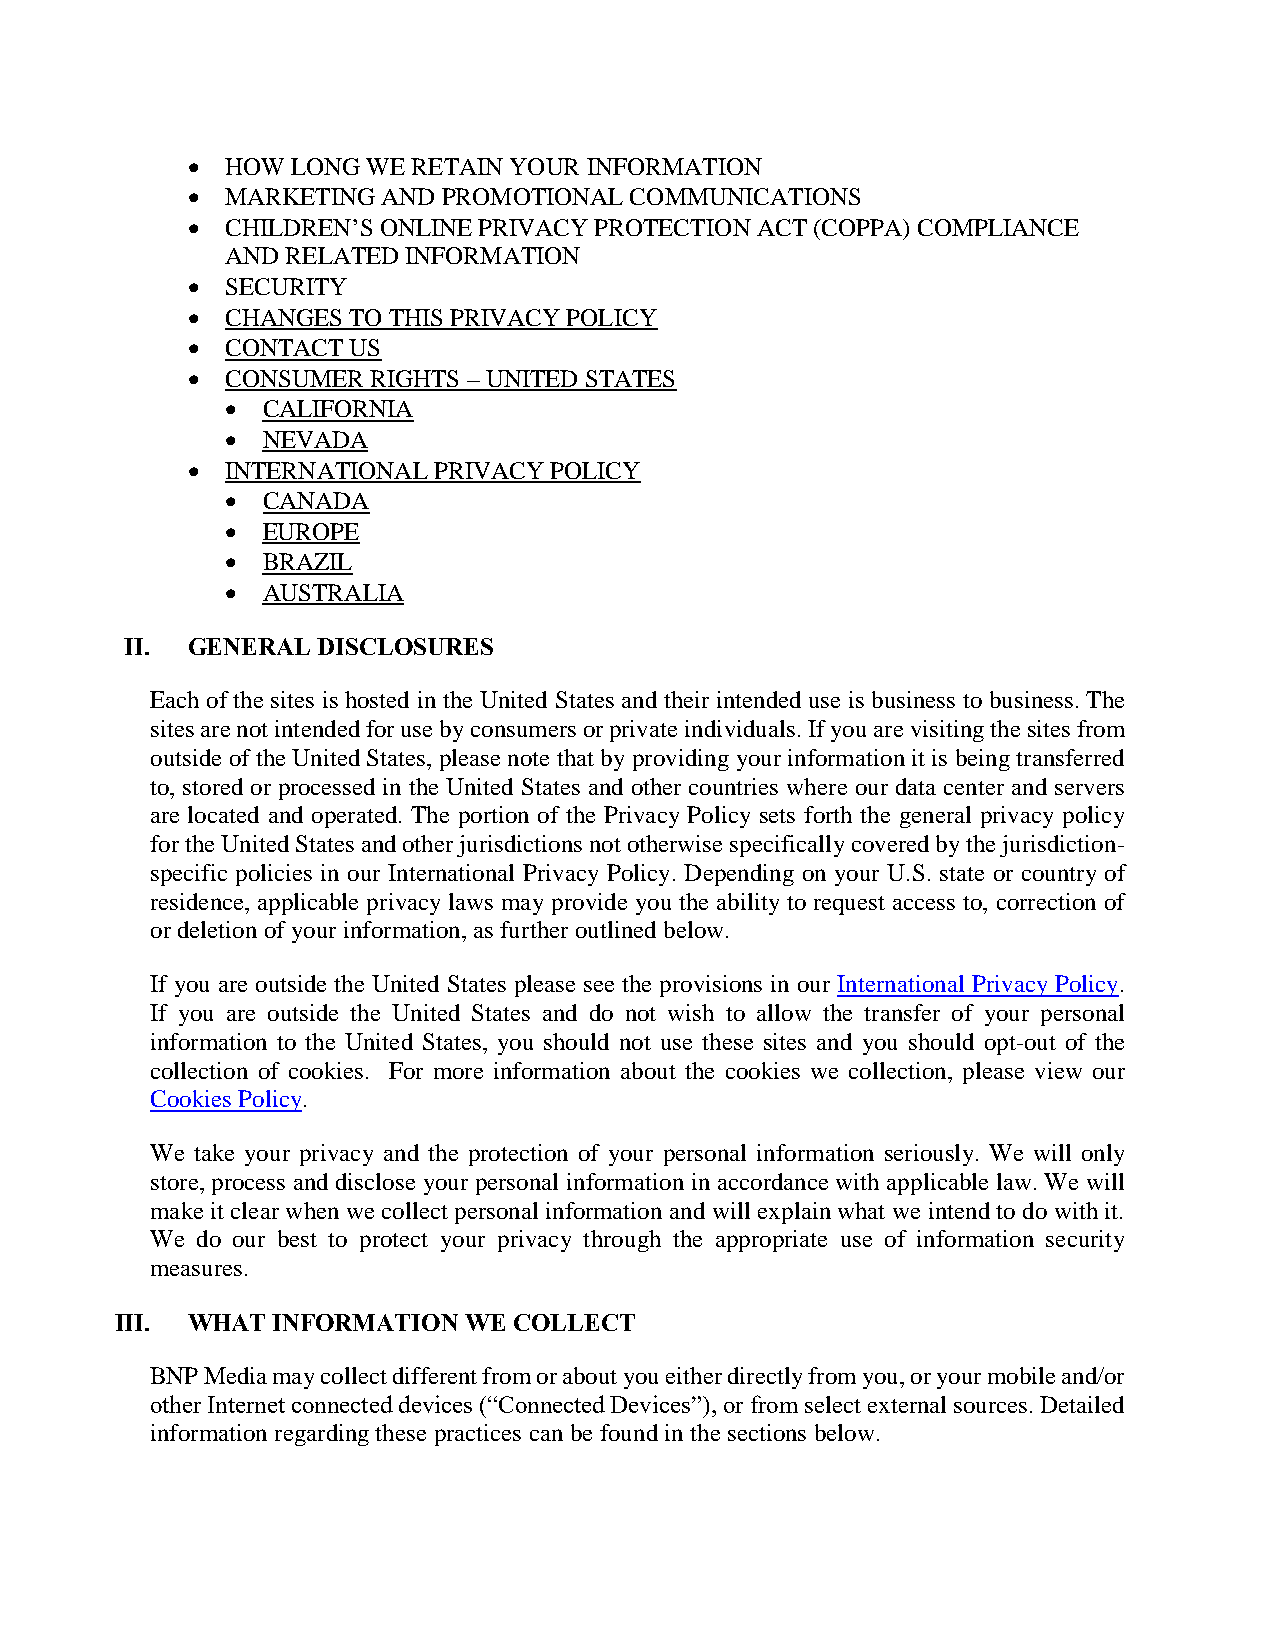
  HOW LONG WE RETAIN YOUR INFORMATION
   MARKETING AND PROMOTIONAL  COMMUNICATIONS
   CHILDREN’S ONLINE PRIVACY PROTECTION ACT (COPPA) COMPLIANCE
 AND RELATED INFORMATION
   SECURITY
   CHANGES TO THIS PRIVACY POLICY
   CONTACT US
   CONSUMER  RIGHTS – UNITED STATES
  CALIFORNIA
  NEVADA
   INTERNATIONAL PRIVACY POLICY
  CANADA
  EUROPE
  BRAZIL
  AUSTRALIA
 II. GENERAL  DISCLOSURES
 Each of the sites is hosted in the United States and their intended use is business to business. The
 sites are not intended for use by consumers or private individuals. If you are visiting the sites from
 outside of the United States, please note that by providing your information it is being transferred
 to, stored or processed in the United States and other countries where our data center and servers
 are located and operated. The portion of the Privacy Policy sets forth the general privacy policy
 for the United States and other jurisdictions not otherwise specifically covered by the jurisdiction-
 specific policies in our International Privacy Policy. Depending on your U.S. state or country of
 residence, applicable privacy laws may provide you the ability to request access to, correction of
 or deletion of your information, as further outlined below.
 If you are outside the United States please see the provisions in our International Privacy Policy.
 If you are outside the United States and do not wish to allow the transfer of your personal
 information to the United States, you should not use these sites and you should opt-out of the
 collection of cookies. For more information about the cookies we collection, please view our
 Cookies Policy.
 We take your privacy and the protection of your personal information seriously. We will only
 store, process and disclose your personal information in accordance with applicable law. We will
 make it clear when we collect personal information and will explain what we intend to do with it.
 We do our best to protect your privacy through the appropriate use of information security
 measures.
 III. WHAT INFORMATION  WE COLLECT
 BNP Media may collect different from or about you either directly from you, or your mobile and/or
 other Internet connected devices (“Connected Devices”), or from select external sources. Detailed
 information regarding these practices can be found in the sections below.